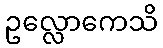
ဥလ္လောကေသိ